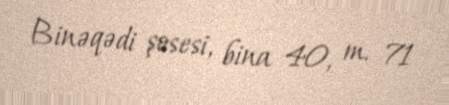
Binəqədi şosesi, bina 40, m. 71